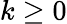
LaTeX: k\ge 0